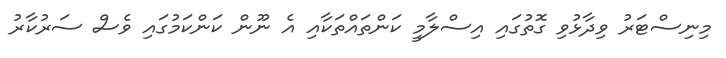
މިނިސްޓަރު ވިދާޅުވި ގޮތުގައި އިސްލާމީ ކަންތައްތަކާއި އެ ނޫން ކަންކަމުގައި ވެސް ސަރުކާރު